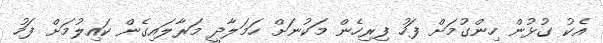
އެކު ގުޅުން ހިންގުމަށް ފަހު ފިރިހެން މަކުނަށް ހަމަލާދީ މަރާލައިގެން ކައިލުމަށް ފަހު